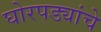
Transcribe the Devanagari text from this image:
घोरपड्यांचे